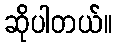
ဆိုပါတယ်။